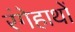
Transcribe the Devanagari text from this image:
रंगेहाथों